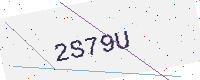
Text: 2S79U